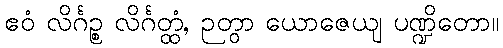
ဧဝံ လိင်္ဂဉ္စ လိင်္ဂတ္ထံ, ဉတွာ ယောဇေယျ ပဏ္ဍိတော။